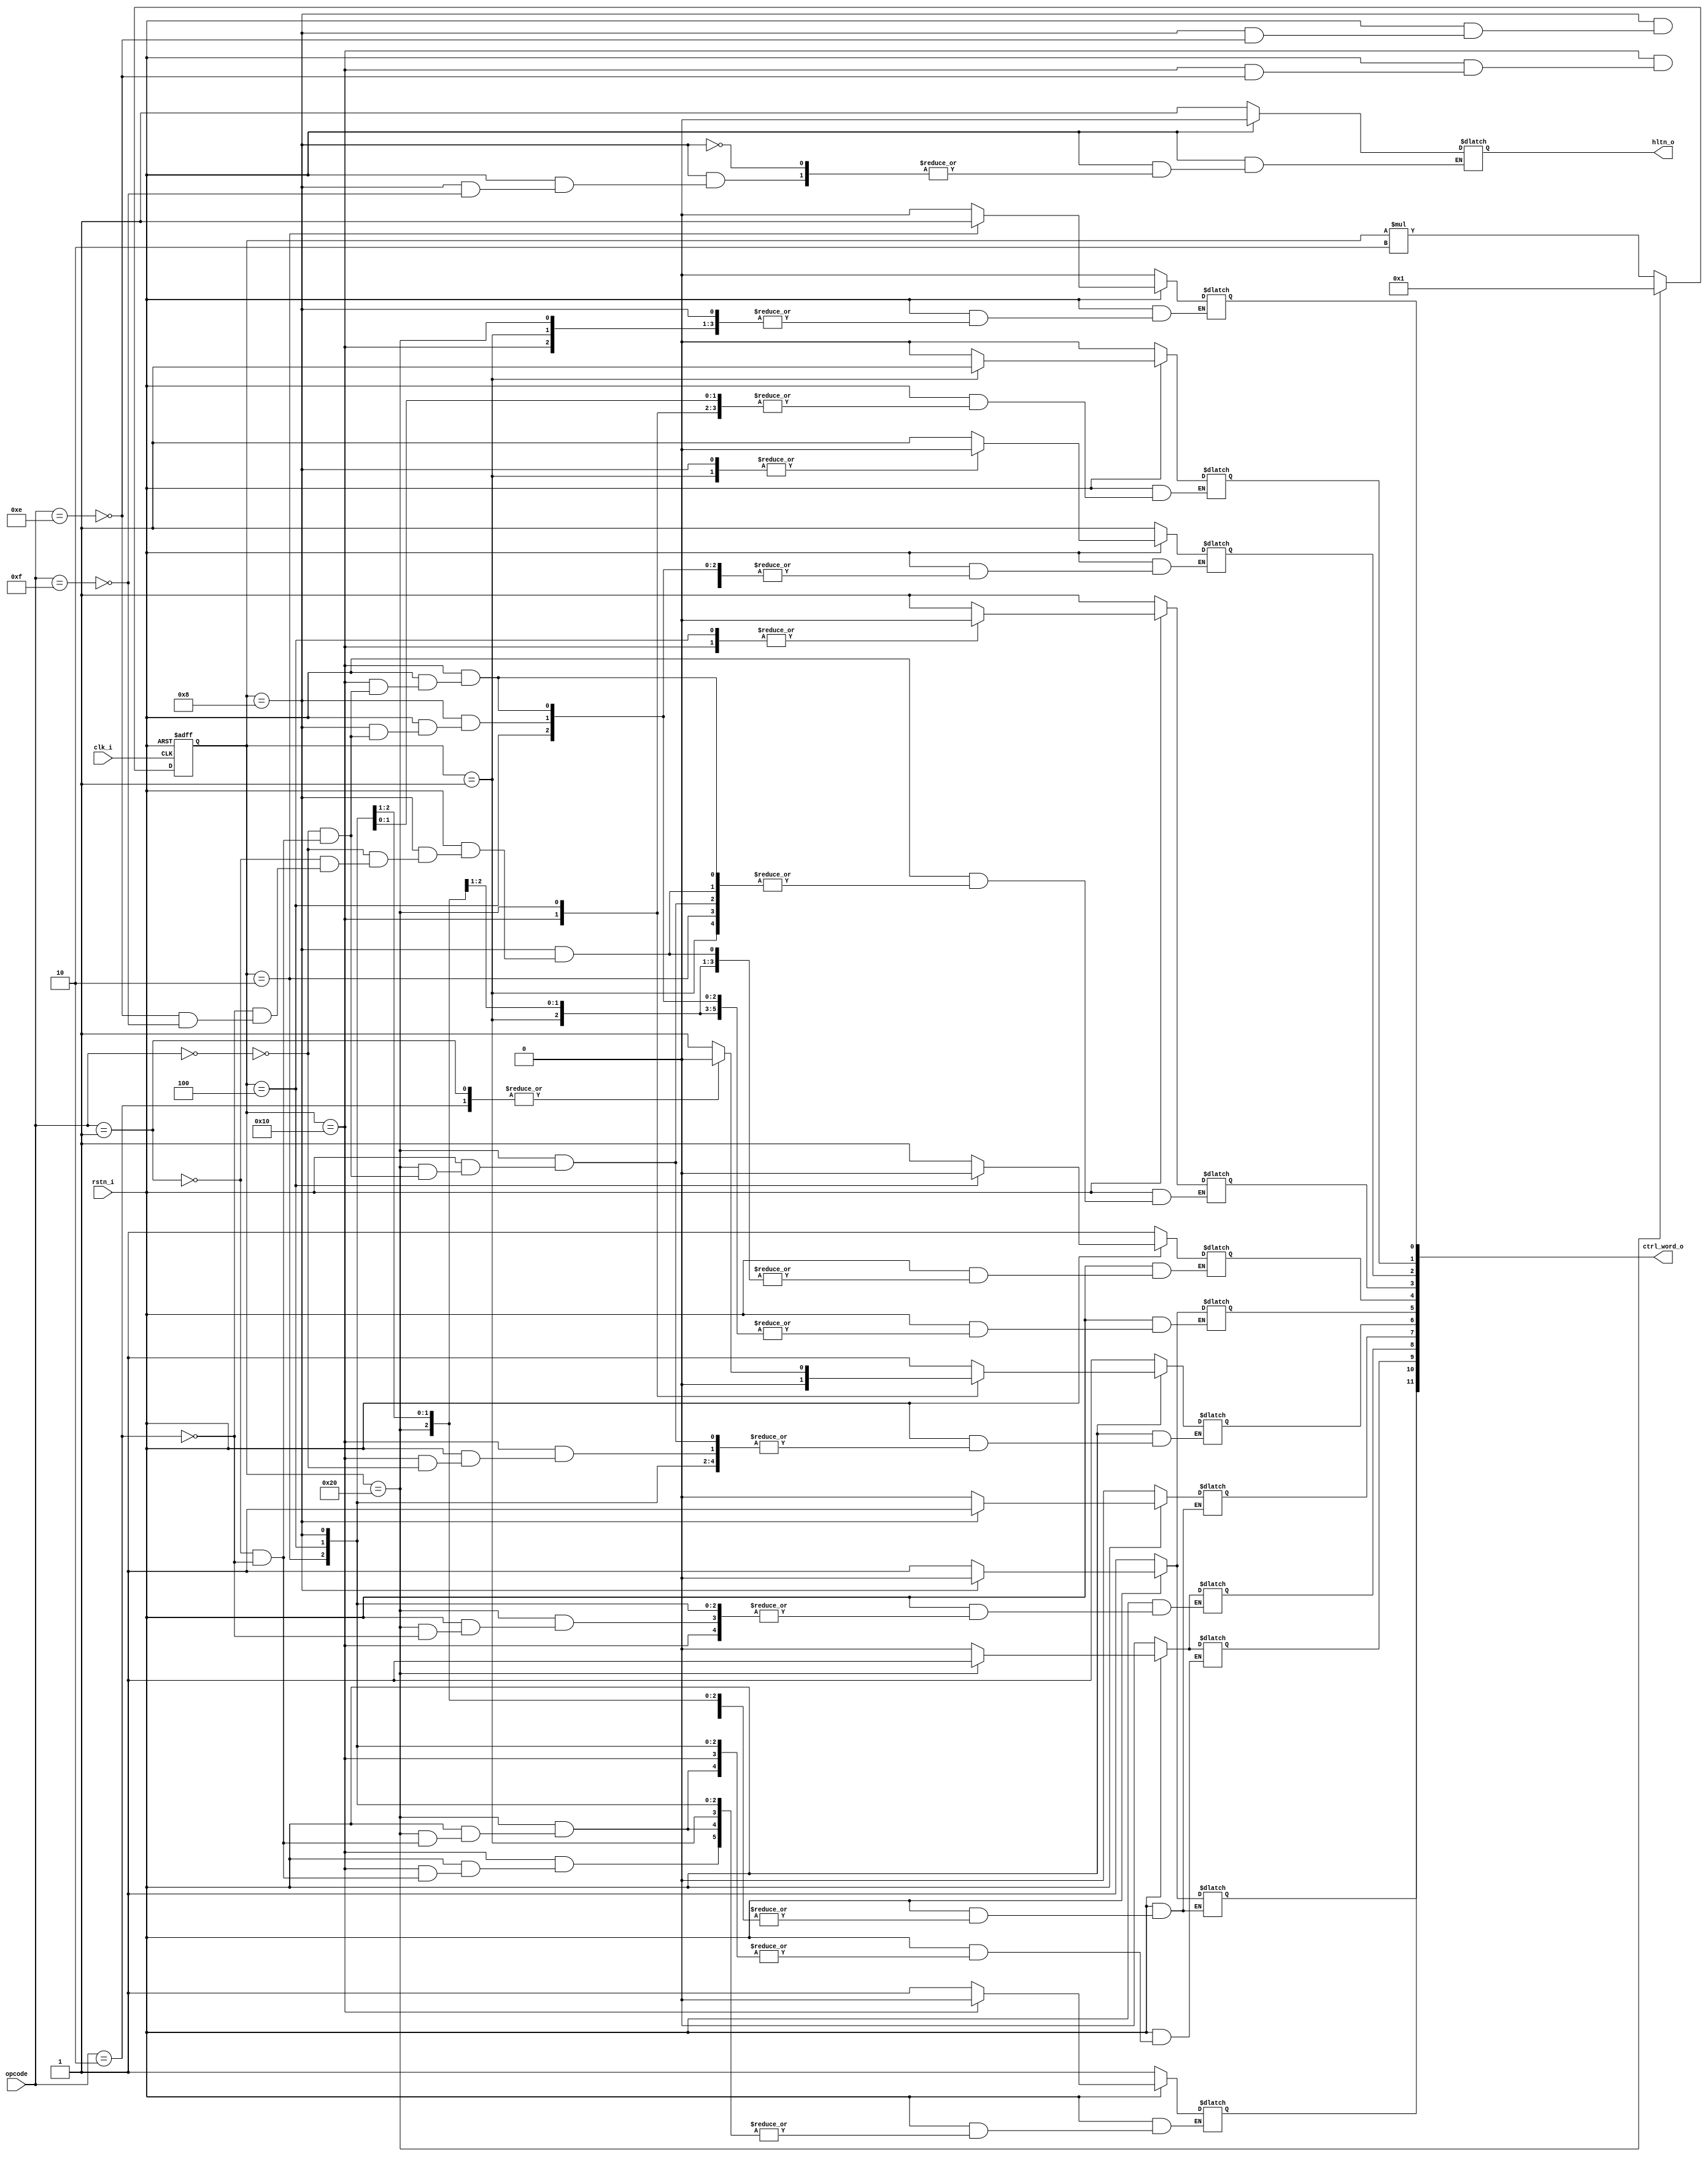
module controller(
    input clk_i, 
    input rstn_i, 

    input[3:0] opcode,

    output hltn_o,
    output[11:0] ctrl_word_o);


localparam OP_LDA = 4'b0000;
localparam OP_ADD = 4'b0001;
localparam OP_SUB = 4'b0010;
localparam OP_OUT = 4'b1110;
localparam OP_HLT = 4'b1111;

localparam INCR_PC      = 0;
localparam PC_EN        = 1;
localparam MAR_LOAD     = 2;
localparam RAM_EN       = 3;
localparam INSTR_LOAD   = 4;
localparam INSTR_EN     = 5;
localparam A_ACC_LOAD   = 6;
localparam A_ACC_EN     = 7;
localparam SUB_EN       = 8;
localparam ADD_SUB_EN   = 9;
localparam B_REG_LOAD   = 10;
localparam OUT_REG_LOAD = 11;

reg[11:0] ctrl_word;
reg hltn;

// Two-processes FSM
reg[5:0] state;

//One-hot state control. Might (should ?) replace that by a ring oscillator, but maybe it will be synth as one
always @ (negedge clk_i, negedge rstn_i) begin
    if (!rstn_i) begin
        state <= 6'h01;//"000001";
    end else begin
        if (state == 6'b100000) begin
            state <= 6'b000001;
        end else begin
            state <= $unsigned(state)*2;
        end
    end
end

// This is where the fun begins
always @ (*) begin
    if (!rstn_i) begin
        //ctrl_word <= 12'b0; // Replace that
        ctrl_word[INCR_PC]      = 1'b0;
        ctrl_word[PC_EN]        = 1'b0;
        ctrl_word[MAR_LOAD]     = 1'b1;
        ctrl_word[RAM_EN]       = 1'b1;
        ctrl_word[INSTR_LOAD]   = 1'b1;
        ctrl_word[INSTR_EN]     = 1'b1;
        ctrl_word[A_ACC_LOAD]   = 1'b1;
        ctrl_word[A_ACC_EN]     = 1'b0;
        ctrl_word[SUB_EN]       = 1'b0;
        ctrl_word[ADD_SUB_EN]   = 1'b0;
        ctrl_word[B_REG_LOAD]   = 1'b1;
        ctrl_word[OUT_REG_LOAD] = 1'b1;

        hltn                    = 1'b1;
    end else begin
        case (state)
            6'b000001:begin // Adress state
                ctrl_word[PC_EN]        = 1'b1;
                ctrl_word[MAR_LOAD]     = 1'b0;
                ctrl_word[A_ACC_LOAD]   = 1'b1;
                ctrl_word[ADD_SUB_EN]   = 1'b0;
                ctrl_word[SUB_EN]       = 1'b0;
            end
            6'b000010:begin // Increment state
                ctrl_word[INCR_PC]      = 1'b1;
                ctrl_word[PC_EN]        = 1'b0;
                ctrl_word[MAR_LOAD]     = 1'b1;
            end
            6'b000100:begin // Memory state
                ctrl_word[INCR_PC]      = 1'b0;
                ctrl_word[RAM_EN]       = 1'b0;
                ctrl_word[INSTR_LOAD]   = 1'b0;
            end
            6'b001000:begin // 4th state
                case (opcode)
                    OP_LDA:begin
                        // De-activate previous state
                        ctrl_word[RAM_EN]       = 1'b1;
                        ctrl_word[INSTR_LOAD]   = 1'b1;
                        // Now the useful stuff
                        ctrl_word[MAR_LOAD]     = 1'b0;
                        ctrl_word[INSTR_EN]     = 1'b0;
                    end
                    OP_ADD:begin
                        // De-activate previous state
                        ctrl_word[RAM_EN]       = 1'b1;
                        ctrl_word[INSTR_LOAD]   = 1'b1;
                        // Now the useful stuff
                        ctrl_word[MAR_LOAD]     = 1'b0;
                        ctrl_word[INSTR_EN]     = 1'b0;
                    end
                    OP_SUB:begin
                        // De-activate previous state
                        ctrl_word[RAM_EN]       = 1'b1;
                        ctrl_word[INSTR_LOAD]   = 1'b1;
                        // Now the useful stuff
                        ctrl_word[MAR_LOAD]     = 1'b0;
                        ctrl_word[INSTR_EN]     = 1'b0;
                    end
                    OP_OUT:begin
                        // De-activate previous state
                        ctrl_word[RAM_EN]       = 1'b1;
                        ctrl_word[INSTR_LOAD]   = 1'b1;
                        // Now the useful stuff
                        ctrl_word[A_ACC_EN]     = 1'b1;
                        ctrl_word[OUT_REG_LOAD] = 1'b0;
                    end
                    OP_HLT:begin
                        // De-activate previous state
                        ctrl_word[RAM_EN]       = 1'b1;
                        ctrl_word[INSTR_LOAD]   = 1'b1;
                        // Now the useful stuff
                        hltn                    = 1'b0;
                    end
                endcase
            end
            6'b010000:begin // 5th state
                case (opcode)
                    OP_LDA:begin
                        // De-activate previous state
                        ctrl_word[MAR_LOAD]     = 1'b1;
                        ctrl_word[INSTR_EN]     = 1'b1;
                        // Now the usefull stuff
                        ctrl_word[RAM_EN]       = 1'b0;
                        ctrl_word[A_ACC_LOAD]   = 1'b0;
                    end
                    OP_ADD:begin
                        // De-activate previous state
                        ctrl_word[MAR_LOAD]     = 1'b1;
                        ctrl_word[INSTR_EN]     = 1'b1;
                        // Now the usefull stuff
                        ctrl_word[RAM_EN]       = 1'b0;
                        ctrl_word[B_REG_LOAD]   = 1'b0;
                    end
                    OP_SUB:begin
                        ctrl_word[MAR_LOAD]     = 1'b1;
                        ctrl_word[INSTR_EN]     = 1'b1;
                        // Now the usefull stuff
                        ctrl_word[RAM_EN]       = 1'b0;
                        ctrl_word[B_REG_LOAD]   = 1'b0;
                    end
                    OP_OUT:begin
                        // De-activate previous state
                        ctrl_word[A_ACC_EN]     = 1'b0;
                        ctrl_word[OUT_REG_LOAD] = 1'b1;
                        // Now the usefull stuff
                        // NOP state
                    end
                    OP_HLT:begin
                        // Void
                    end
                endcase
            end
            6'b100000:begin // 6th state
                case (opcode)
                    OP_LDA:begin
                        // De-activate previous state
                        ctrl_word[RAM_EN]       = 1'b1;
                        ctrl_word[A_ACC_LOAD]   = 1'b1;
                        // Now the usefull stuff
                        // Nothing, NOP state
                    end
                    OP_ADD:begin
                        // De-activate previous state
                            ctrl_word[RAM_EN]       = 1'b1;
                            ctrl_word[B_REG_LOAD]   = 1'b1;
                        // Now the usefull stuff
                            ctrl_word[ADD_SUB_EN]   = 1'b1;
                            ctrl_word[A_ACC_LOAD]   = 1'b0;
                    end
                    OP_SUB:begin
                        // De-activate previous state
                            ctrl_word[RAM_EN]       = 1'b1;
                            ctrl_word[B_REG_LOAD]   = 1'b1;
                        // Now the usefull stuff
                            ctrl_word[ADD_SUB_EN]   = 1'b1;
                            ctrl_word[SUB_EN]       = 1'b1;
                            ctrl_word[A_ACC_LOAD]   = 1'b0;
                    end
                    OP_OUT:begin
                        // NOP state
                    end
                    OP_HLT:begin
                        // Void
                    end
                endcase
            end
            default:begin
                ctrl_word[INCR_PC]      = 1'b0;
                ctrl_word[PC_EN]        = 1'b0;
                ctrl_word[MAR_LOAD]     = 1'b1;
                ctrl_word[RAM_EN]       = 1'b1;
                ctrl_word[INSTR_LOAD]   = 1'b1;
                ctrl_word[INSTR_EN]     = 1'b1;
                ctrl_word[A_ACC_LOAD]   = 1'b1;
                ctrl_word[A_ACC_EN]     = 1'b0;
                ctrl_word[SUB_EN]       = 1'b0;
                ctrl_word[ADD_SUB_EN]   = 1'b0;
                ctrl_word[B_REG_LOAD]   = 1'b1;
                ctrl_word[OUT_REG_LOAD] = 1'b1;
            end
        endcase
    end
end

assign ctrl_word_o = ctrl_word;
assign hltn_o = hltn;

endmodule